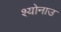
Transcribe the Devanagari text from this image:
श्योनाउ